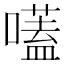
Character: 𡀽